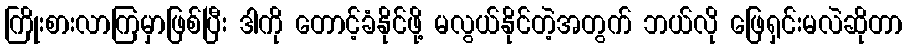
ကြိုးစားလာကြမှာဖြစ်ပြီး ဒါကို တောင့်ခံနိုင်ဖို့ မလွယ်နိုင်တဲ့အတွက် ဘယ်လို ဖြေရှင်းမလဲဆိုတာ